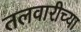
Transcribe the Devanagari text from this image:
तलवारीच्‍या